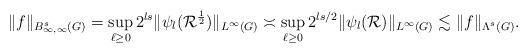
LaTeX: \begin{align*}\Vert f\Vert_{B^s_{\infty,\infty}(G)}=\sup_{\ell\geq 0} 2^{ls}\Vert \psi_{l}(\mathcal{R}^{\frac{1}{2}})\Vert_{L^\infty(G)}\asymp \sup_{\ell\geq 0} 2^{ls/2}\Vert \psi_{l}(\mathcal{R})\Vert_{L^\infty(G)}\lesssim \Vert f\Vert_{\Lambda^s(G)}.\end{align*}